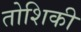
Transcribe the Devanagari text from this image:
तोशिकी